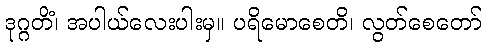
ဒုဂ္ဂတိံ၊ အပါယ်လေးပါးမှ။ ပရိမောစေတိ၊ လွတ်စေတော်